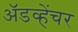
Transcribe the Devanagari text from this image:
अॅडव्हेंचर